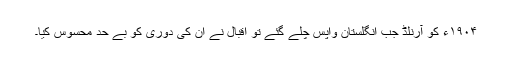
١٩٠۴ء کو آرنلڈ جب انگلستان واپس چلے گئے تو اقبال نے ان کی دوری کو بے حد محسوس کیا۔